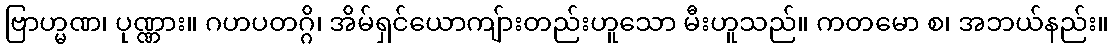
ဗြာဟ္မဏ၊ ပုဏ္ဏား။ ဂဟပတဂ္ဂိ၊ အိမ်ရှင်ယောကျ်ားတည်းဟူသော မီးဟူသည်။ ကတမော စ၊ အဘယ်နည်း။